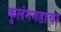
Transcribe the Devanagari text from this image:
कुलंगगडाचा